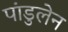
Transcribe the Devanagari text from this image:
पांडुलेन